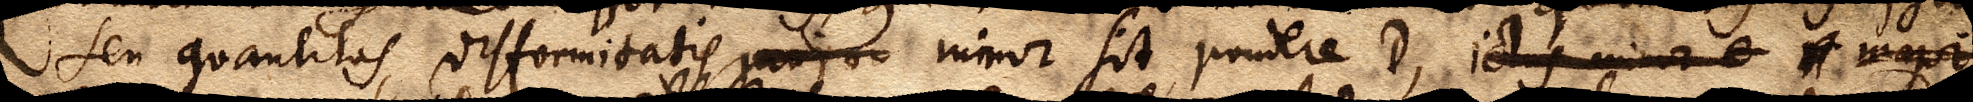
seu quantitas difformitatis major minor sit pondere D, ictus minor e xx major